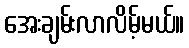
အေးချမ်းလာလိမ့်မယ်။